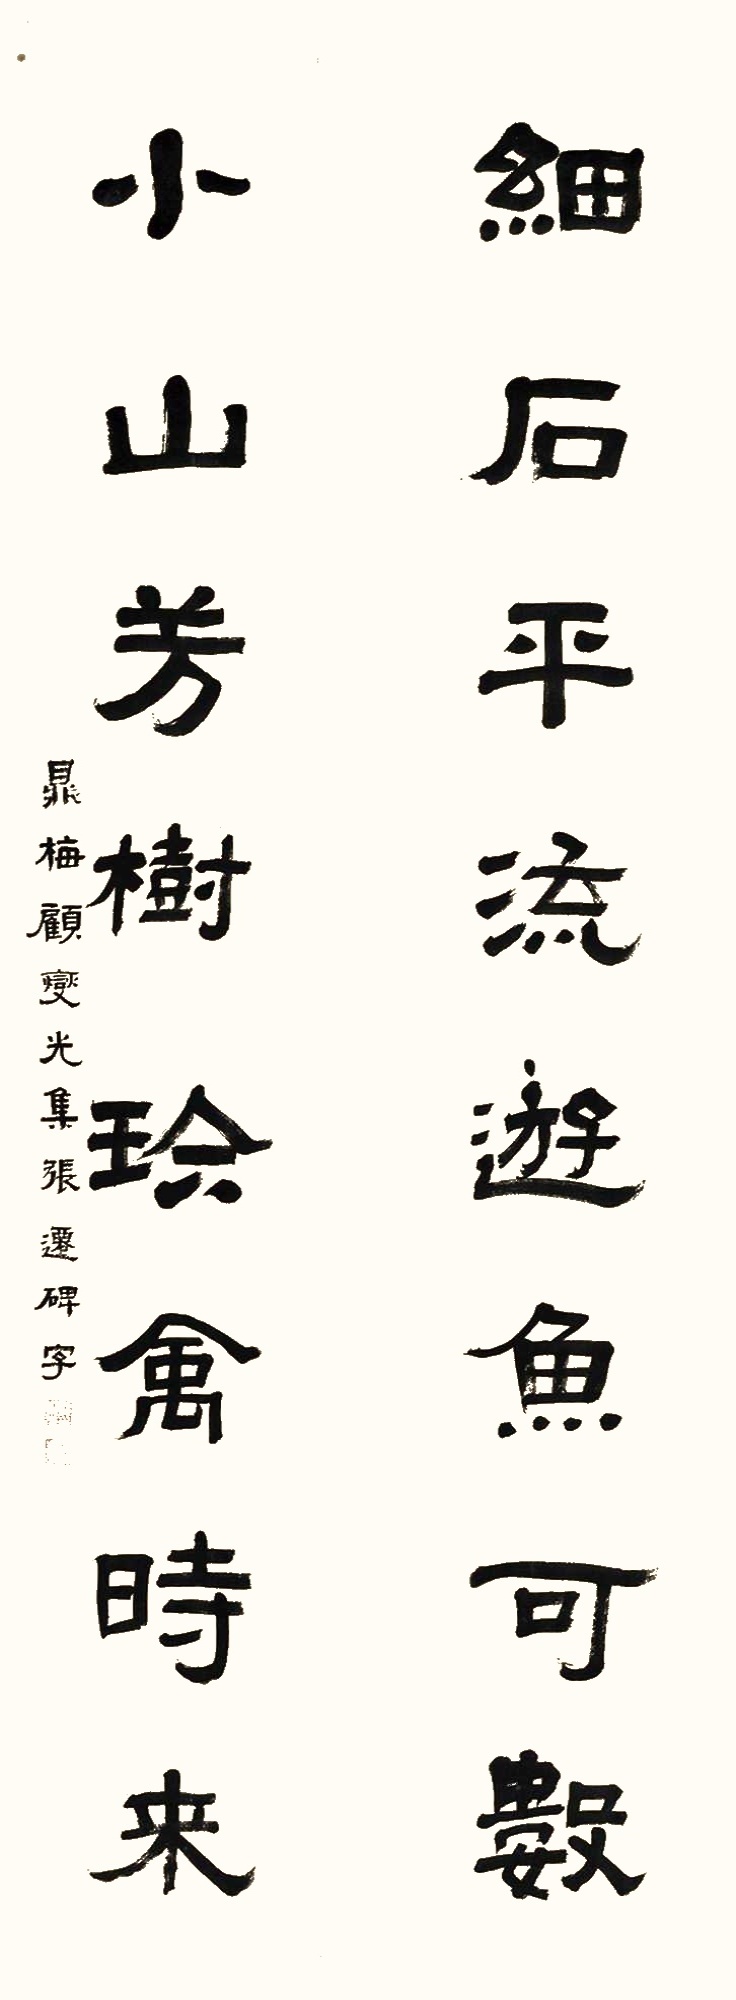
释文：细石平流游鱼可数，小山芳树珍禽时来。鼎梅顾燮光集张迁碑字。